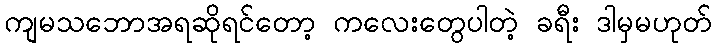
ကျမသဘောအရဆိုရင်တော့ ကလေးတွေပါတဲ့ ခရီး ဒါမှမဟုတ်